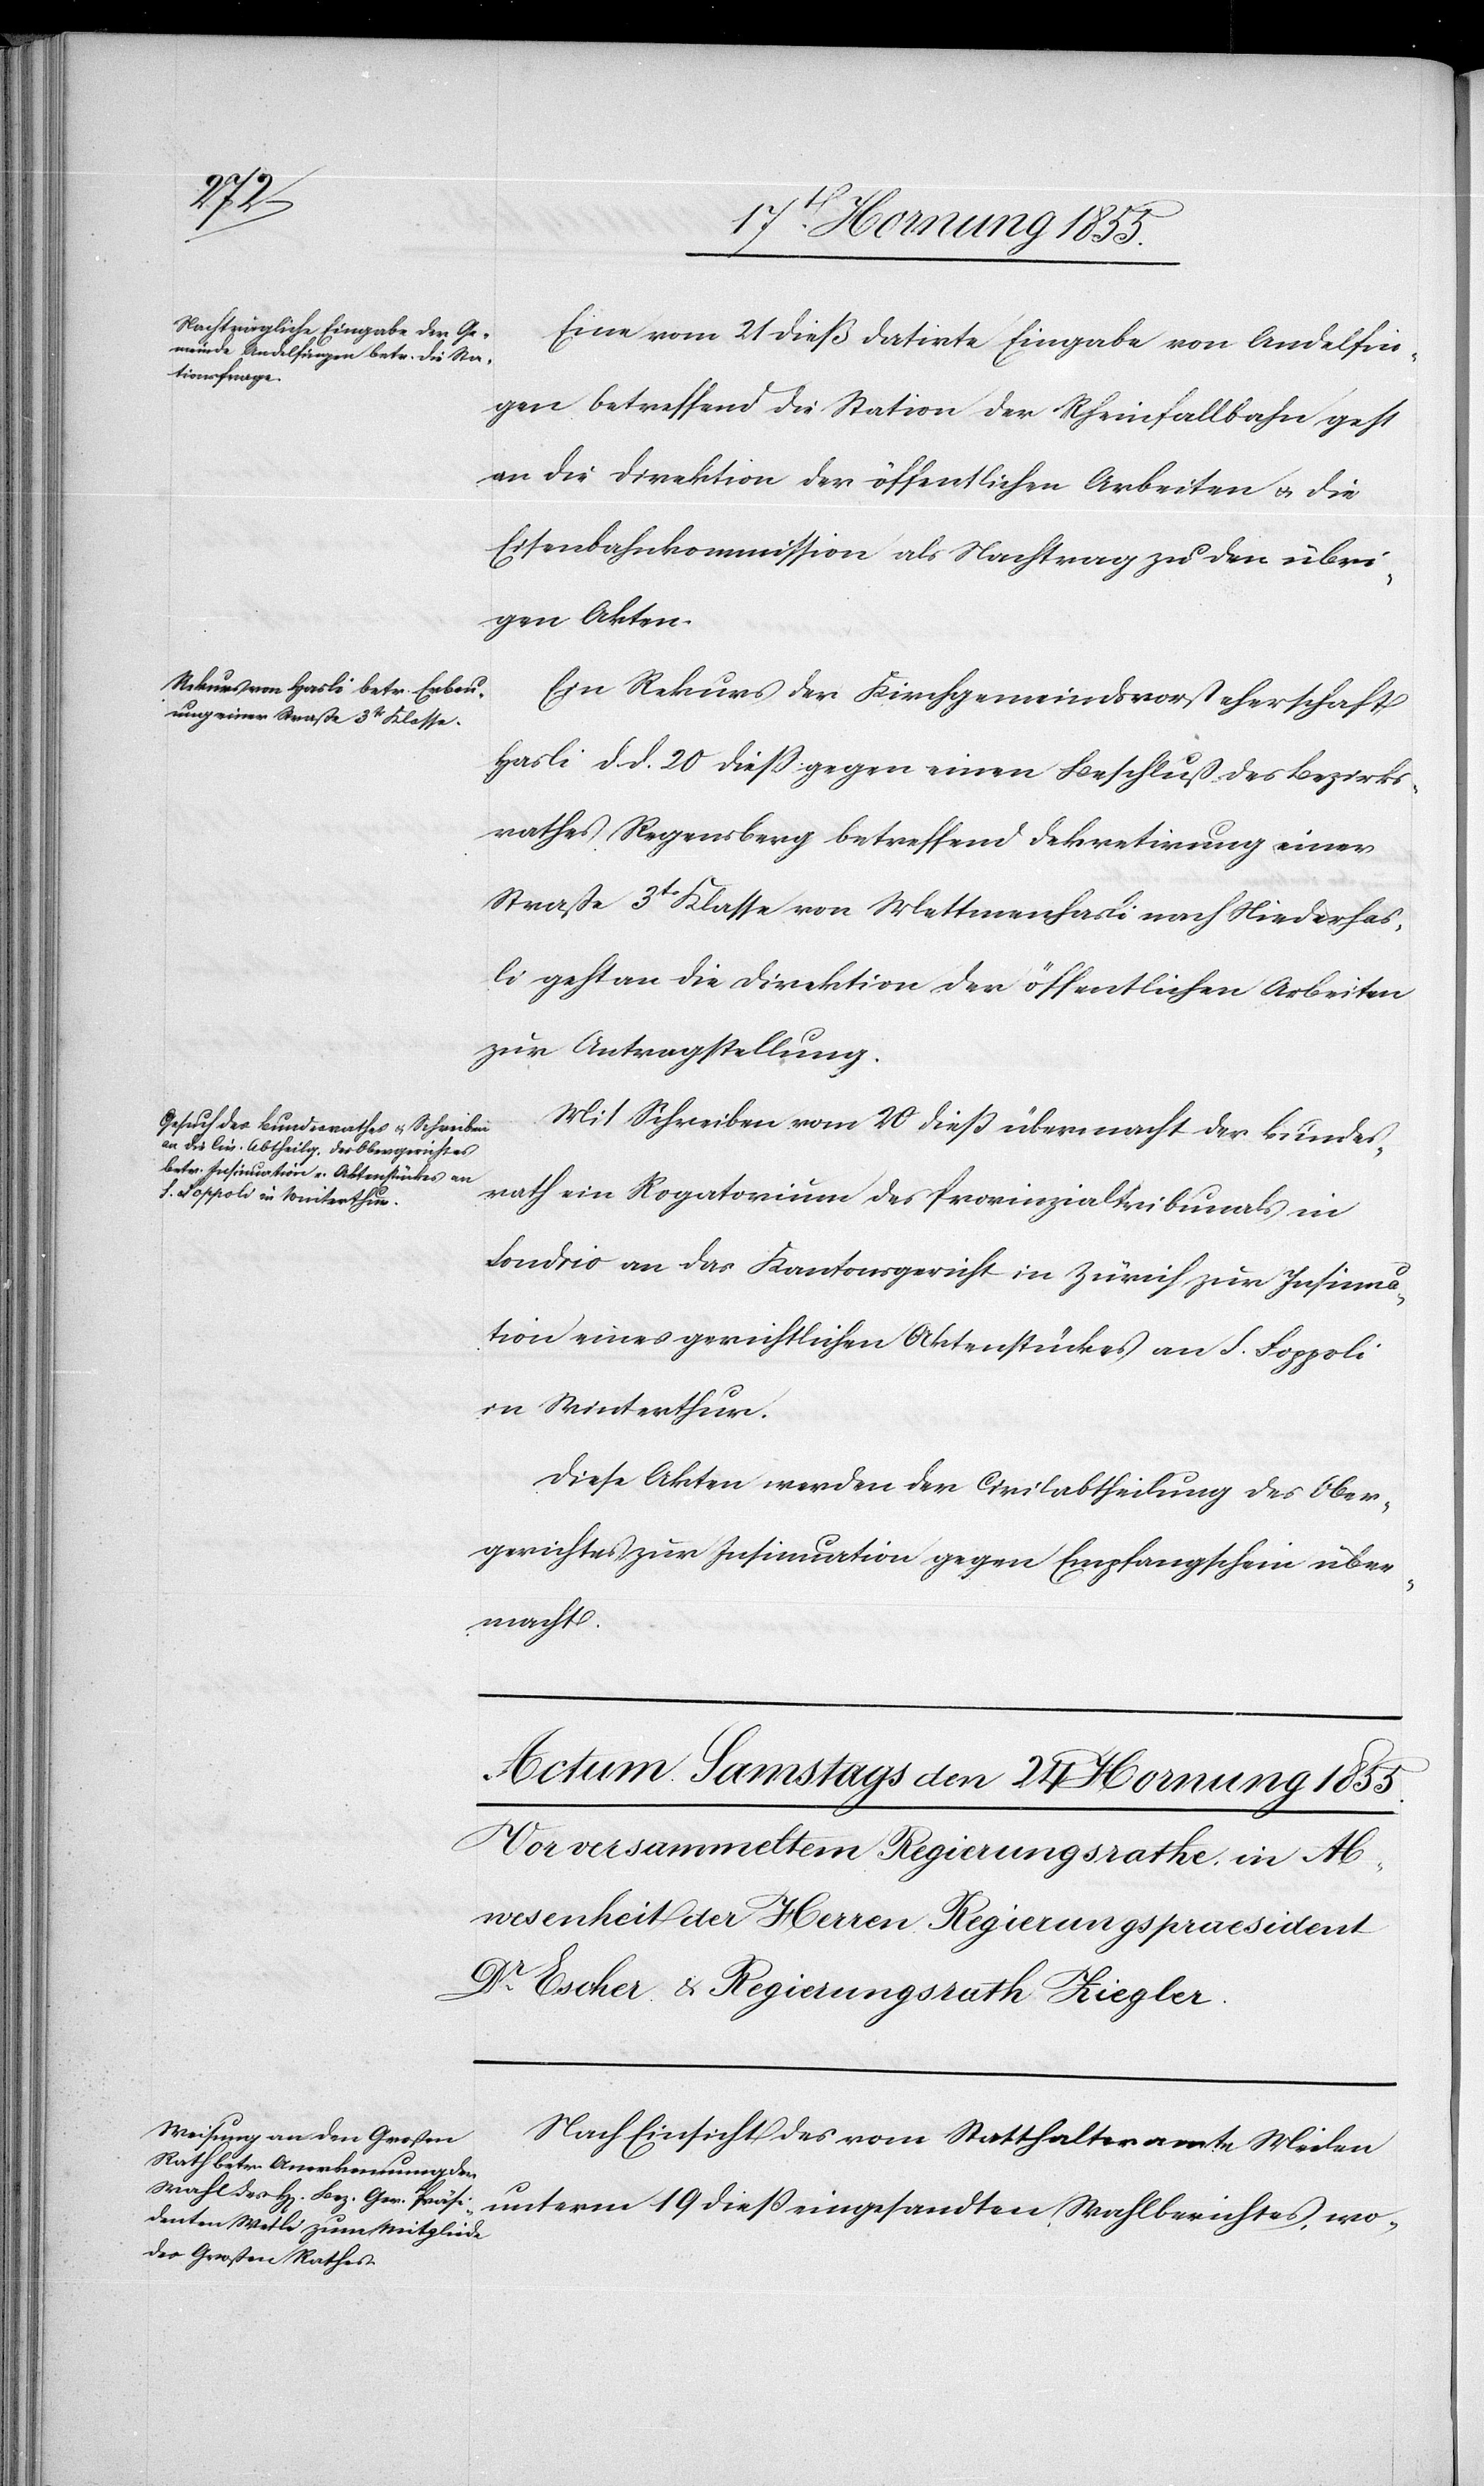
den
22 Hornung 1855.]
Eine vom 21 dieß datirte Eingabe von Andelfin¬
gen betreffend die Station der Rheinfallbahn geht
an die Direktion der öffentlichen Arbeiten & die
Eisenbahnkommission als Nachtrag zu den übri¬
gen Akten.
Ein Rekurs der Kirchgemeindsvorsteherschaft
Hasli d. d. 20 dieß gegen einen Beschluß des Bezirks¬
rathes Regensberg betreffend Dekretirung einer
Straße 3tr Klasse von Mettmenhasli nach Niederhas¬
li geht an die Direktion der öffentlichen Arbeiten
zur Antragstellung.
Mit Schreiben vom 20 dieß übermacht der Bundes¬
rath ein Rogatorium des Provinzialtribunals in
Sondrio an das Kantonsgericht in Zürich zur Insinua¬
tion eines gerichtlichen Aktenstückes an S. Foppoli
in Winterthur.
Diese Akten werden der Civilabtheilung des Ober¬
gerichtes zur Insinuation gegen Empfangschein über¬
macht.
Nach Einsicht des vom Statthalteramte Meilen
unterm 19 dieß eingesandten Wahlberichtes, wo-